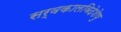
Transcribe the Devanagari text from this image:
सर्वकालविदेशेषु